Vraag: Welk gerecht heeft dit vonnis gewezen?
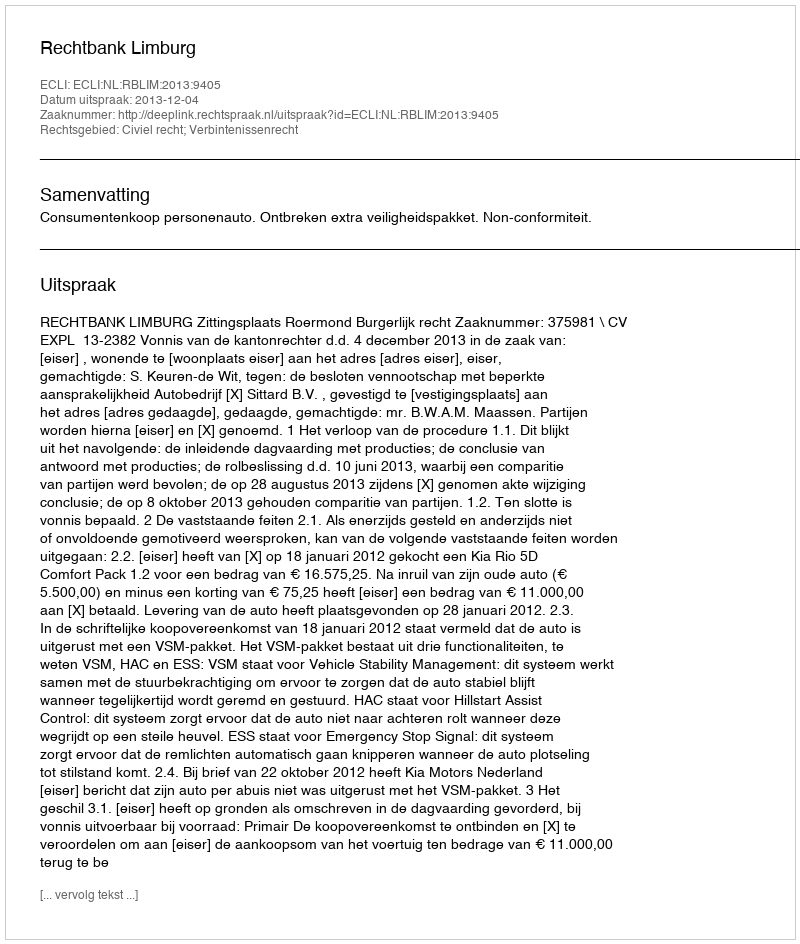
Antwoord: Rechtbank Limburg